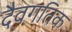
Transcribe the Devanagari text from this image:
दैवगतिक